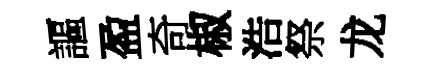
謳盈奇椒浩祭龙